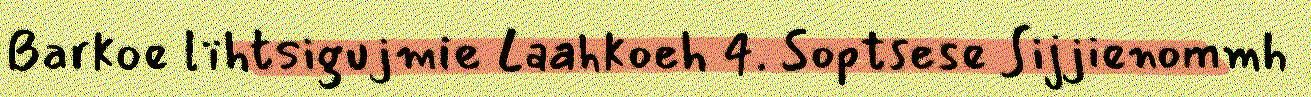
Barkoe lïhtsigujmie Laahkoeh 4. Soptsese Sijjienommh